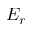
E _ { r }